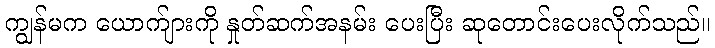
ကျွန်မက ယောက်ျားကို နှုတ်ဆက်အနမ်း ပေးပြီး ဆုတောင်းပေးလိုက်သည်။